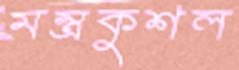
মন্ত্রকুশল